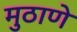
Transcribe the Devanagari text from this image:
मुठाणे